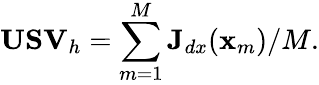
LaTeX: \textbf{USV}_{h}=\sum_{m=1}^{M}\textbf{J}_{dx}(\textbf{x}_{m})/M.